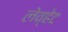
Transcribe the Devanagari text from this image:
लेव्हेट